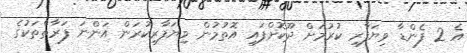
އެ 2 ފެންޑާ ވިޔަފާރި ކުރުމަށް ދޫކޮށްފައި އޮތުމުން ވިޔަފާރިކުރަން އަންނަ ފަރާތްތަކުގެ